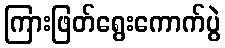
ကြားဖြတ်ရွေးကောက်ပွဲ